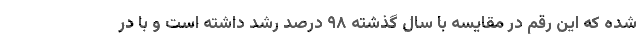
شده که این رقم در مقایسه با سال گذشته ۹۸ درصد رشد داشته است و با در